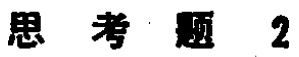
思考题 2